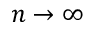
n \to \infty